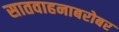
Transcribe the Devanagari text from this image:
सातवाहनाबरोबर